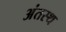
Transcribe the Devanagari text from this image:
अंतस्‍थ